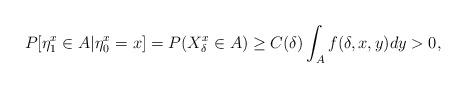
LaTeX: \begin{align*}P[\eta^x_1 \in A|\eta^x_0 =x]=P(X^x_{\delta}\in A)\ge C(\delta) \int_{A}f(\delta,x,y)dy>0,\end{align*}